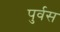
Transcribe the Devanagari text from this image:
पुर्वस